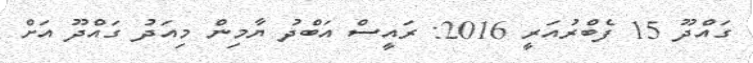
ގައްދޫ 15 ފެބްރުއަރީ 2016: ރައީސް އަބްދު ޔާމިން މިއަދު ގައްދޫ އަށް